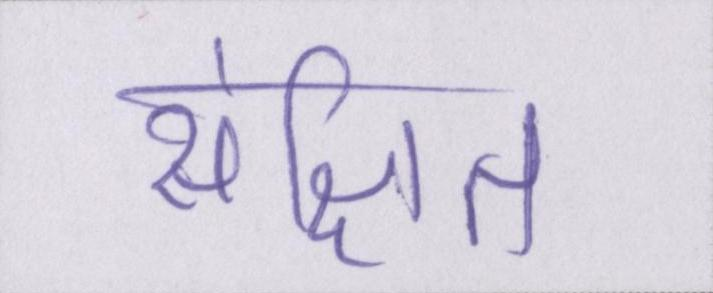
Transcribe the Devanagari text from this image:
संक्षित